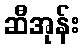
ဆီအုန်း